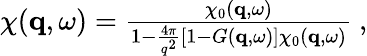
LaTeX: \begin{array}{r}{\chi(\mathbf{q},\omega)=\frac{\chi_{0}(\mathbf{q},\omega)}{1-\frac{4\pi}{q^{2}}\left[1-G(\mathbf{q},\omega)\right]\chi_{0}(\mathbf{q},\omega)}\ ,}\end{array}